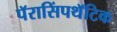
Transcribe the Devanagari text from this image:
पॅरासिंपथॅटिक